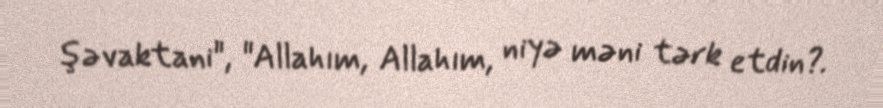
şəvaktani", "Allahım, Allahım, niyə məni tərk etdin?.